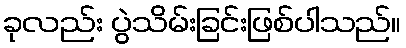
ခုလည်း ပွဲသိမ်းခြင်းဖြစ်ပါသည်။